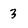
Character: 3